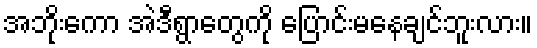
အဘိုးကော အဲဒီရွာတွေကို ပြောင်းမနေချင်ဘူးလား။